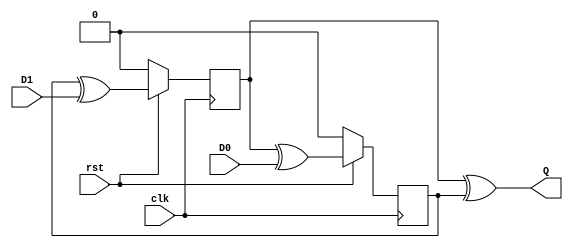
module DEDFF(
input           clk,
input           rst,
input           D0,
input           D1,
output          Q
);

parameter VSS = 1'b0;
parameter VCC = 1'b1;

reg pose_edge;
reg neg_edge;
wire Q1;
wire Q2;

assign Q1   = neg_edge ^ D0;
assign Q2   = pose_edge ^ D1;
assign Q    = neg_edge ^ pose_edge;

//Pose Edge
always @(posedge clk) begin
    if (rst == VSS) pose_edge   <= VSS;
    else            pose_edge   <= Q1;
end

//Neg Edge
always @(negedge clk) begin
    if (rst == VSS) neg_edge    <= VSS;
    else            neg_edge    <= Q2;
end

endmodule